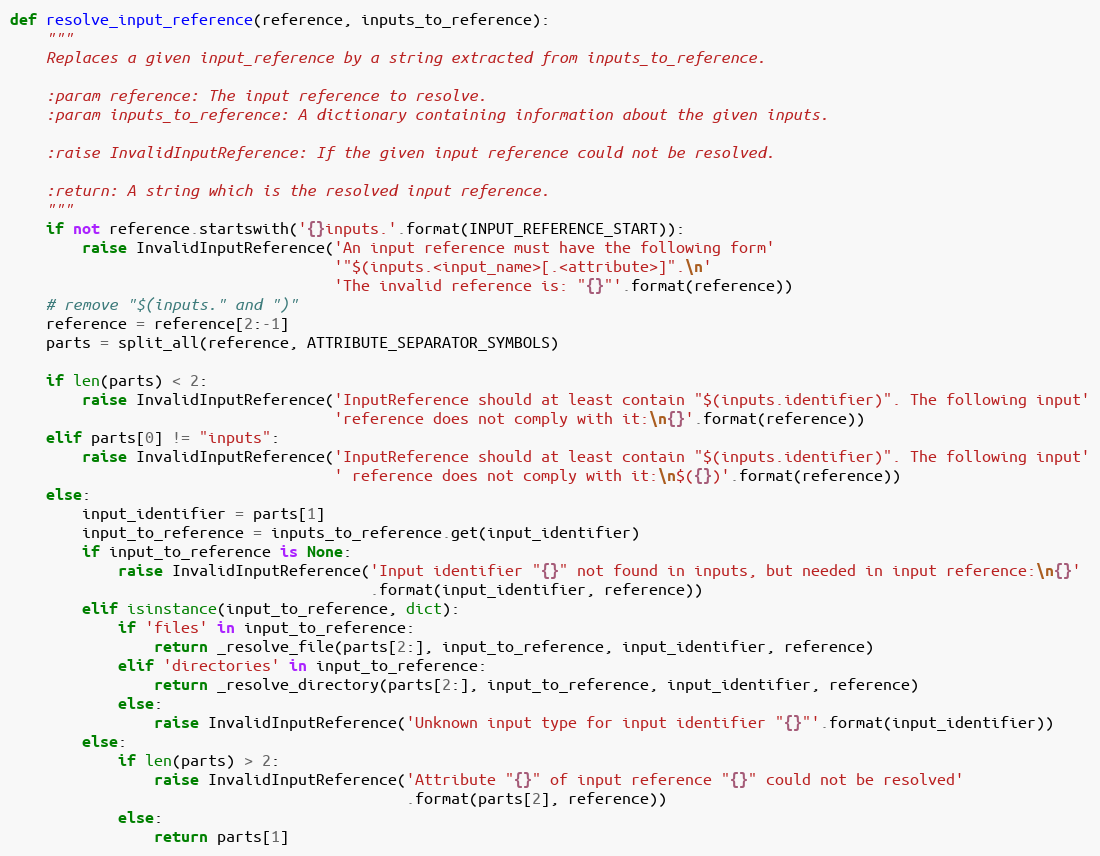
Language: Python
def resolve_input_reference(reference, inputs_to_reference):
    """
    Replaces a given input_reference by a string extracted from inputs_to_reference.

    :param reference: The input reference to resolve.
    :param inputs_to_reference: A dictionary containing information about the given inputs.

    :raise InvalidInputReference: If the given input reference could not be resolved.

    :return: A string which is the resolved input reference.
    """
    if not reference.startswith('{}inputs.'.format(INPUT_REFERENCE_START)):
        raise InvalidInputReference('An input reference must have the following form'
                                    '"$(inputs.<input_name>[.<attribute>]".\n'
                                    'The invalid reference is: "{}"'.format(reference))
    # remove "$(inputs." and ")"
    reference = reference[2:-1]
    parts = split_all(reference, ATTRIBUTE_SEPARATOR_SYMBOLS)

    if len(parts) < 2:
        raise InvalidInputReference('InputReference should at least contain "$(inputs.identifier)". The following input'
                                    'reference does not comply with it:\n{}'.format(reference))
    elif parts[0] != "inputs":
        raise InvalidInputReference('InputReference should at least contain "$(inputs.identifier)". The following input'
                                    ' reference does not comply with it:\n$({})'.format(reference))
    else:
        input_identifier = parts[1]
        input_to_reference = inputs_to_reference.get(input_identifier)
        if input_to_reference is None:
            raise InvalidInputReference('Input identifier "{}" not found in inputs, but needed in input reference:\n{}'
                                        .format(input_identifier, reference))
        elif isinstance(input_to_reference, dict):
            if 'files' in input_to_reference:
                return _resolve_file(parts[2:], input_to_reference, input_identifier, reference)
            elif 'directories' in input_to_reference:
                return _resolve_directory(parts[2:], input_to_reference, input_identifier, reference)
            else:
                raise InvalidInputReference('Unknown input type for input identifier "{}"'.format(input_identifier))
        else:
            if len(parts) > 2:
                raise InvalidInputReference('Attribute "{}" of input reference "{}" could not be resolved'
                                            .format(parts[2], reference))
            else:
                return parts[1]